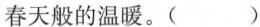
春天般的温暖。()